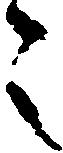
之